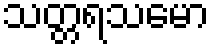
သတ္တရသမော